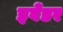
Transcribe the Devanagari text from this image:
इवेंडर